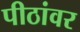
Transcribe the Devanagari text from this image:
पीठांवर